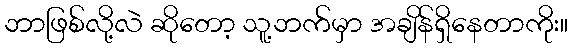
ဘာဖြစ်လို့လဲ ဆိုတော့ သူ့ဘက်မှာ အချိန်ရှိနေတာကိုး။